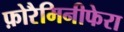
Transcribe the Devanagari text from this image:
फ़ोरैमिनीफेरा